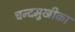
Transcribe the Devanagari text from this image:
चन्दमुखीका